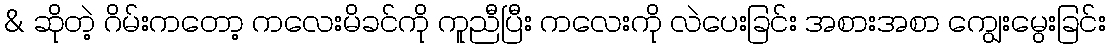
& ဆိုတဲ့ ဂိမ်းကတော့ ကလေးမိခင်ကို ကူညီပြီး ကလေးကို လဲပေးခြင်း အစားအစာ ကျွေးမွေးခြင်း